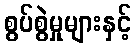
စွပ်စွဲမှုများနှင့်